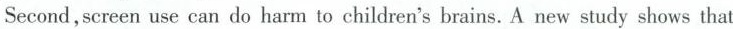
Second ,screen use can do harm to children's brains. A new study shows that